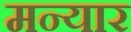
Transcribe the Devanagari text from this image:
मन्यार